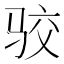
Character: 𱅐